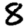
Digit: 8